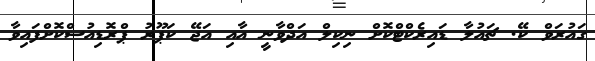
ގައުރަވް ކޭ. ޗައުލާ ޑައިރެކްޓްކޮށް ނިކިލް އަދްވާނީ އާއި އަޖޭ ކަޕޫރު ޕްރޮޑިއުސްކޮށްފައިވާ